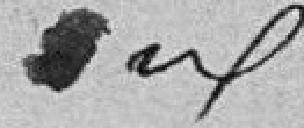
idem